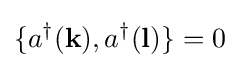
\{a^{\dagger }(\mathbf {k} ),a^{\dagger }(\mathbf {l} )\}=0